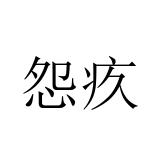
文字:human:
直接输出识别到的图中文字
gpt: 怨疚